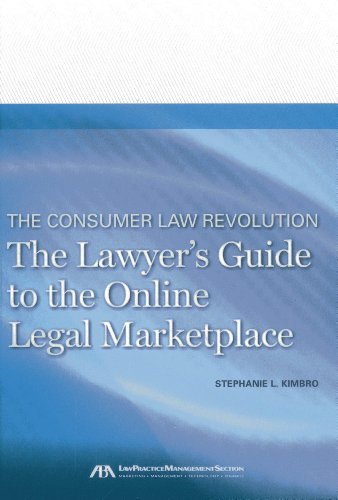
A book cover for The Consumer Law Revolution: The Lawyer's Guide to the Online Legal Marketplace; Stephanie L. Kimbro; Law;